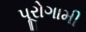
પૂરોગામી